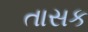
તાસક